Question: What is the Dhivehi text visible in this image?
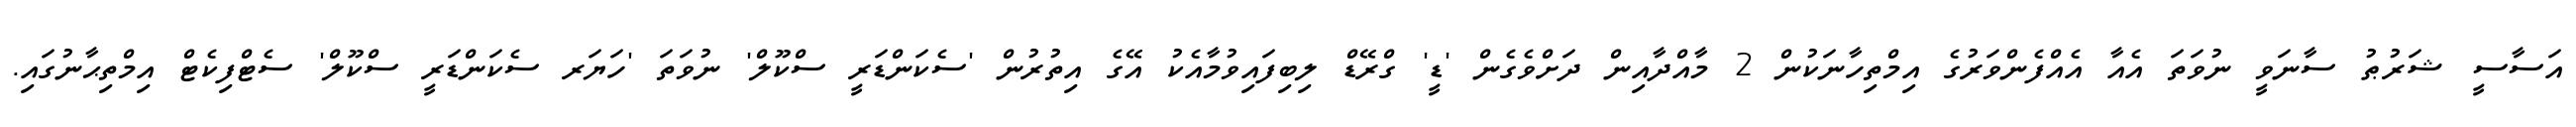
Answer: އަސާސީ ޝަރުޠު ސާނަވީ ނުވަތަ އެއާ އެއްފެންވަރުގެ އިމްތިހާނަކުން 2 މާއްދާއިން ދަށްވެގެން 'ޑީ' ގްރޭޑް ލިބިފައިވުމާއެކު އޭގެ އިތުރުން 'ސެކަންޑަރީ ސްކޫލް' ނުވަތަ 'ހަޔަރ ސެކަންޑަރީ ސްކޫލް' ސެޓްފިކެޓް އިމްތިޙާނުގައި.